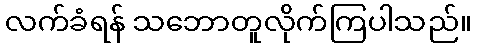
လက်ခံရန် သဘောတူလိုက်ကြပါသည်။